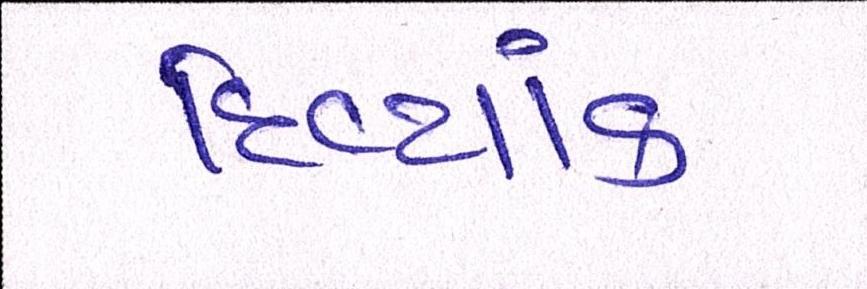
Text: દિવ્યાંક